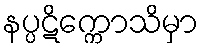
နပ္ပဋိက္ကောသိမှာ